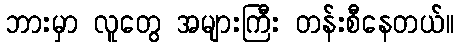
ဘားမှာ လူတွေ အများကြီး တန်းစီနေတယ်။